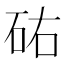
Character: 𥑛